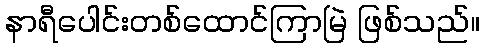
နာရီပေါင်းတစ်ထောင်ကြာမြဲ ဖြစ်သည်။